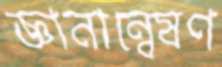
জ্ঞানান্বেষণ